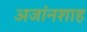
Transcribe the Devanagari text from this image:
अजांनशाह